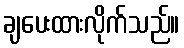
ချပေးထားလိုက်သည်။